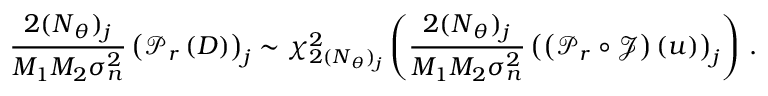
\frac { 2 ( \boldsymbol { N } _ { \theta } ) _ { j } } { M _ { 1 } M _ { 2 } \sigma _ { n } ^ { 2 } } \left( \boldsymbol { \mathcal { P } } _ { r } \left( \boldsymbol { D } \right) \right) _ { j } \sim \chi _ { 2 ( \boldsymbol { N } _ { \theta } ) _ { j } } ^ { 2 } \left( \frac { 2 ( \boldsymbol { N } _ { \theta } ) _ { j } } { M _ { 1 } M _ { 2 } \sigma _ { n } ^ { 2 } } \left( \left( \boldsymbol { \mathcal { P } } _ { r } \circ \boldsymbol { \mathcal { J } } \right) \left( u \right) \right) _ { j } \right) \, .